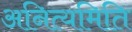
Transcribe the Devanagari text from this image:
अनित्यमिति